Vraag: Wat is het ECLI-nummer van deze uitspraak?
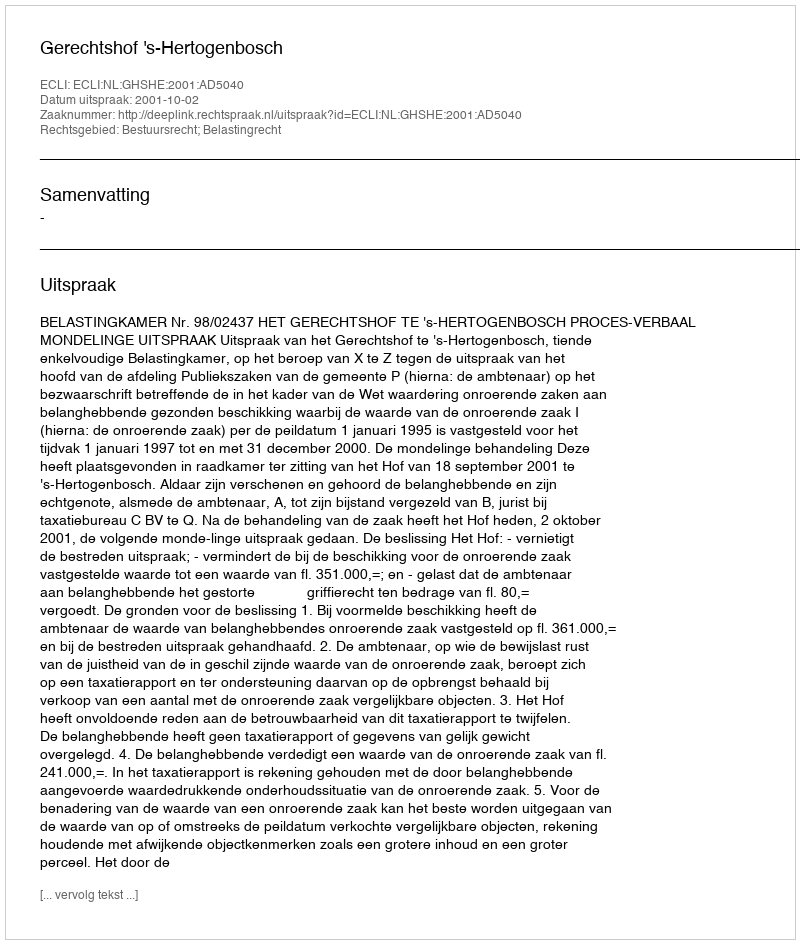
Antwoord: ECLI:NL:GHSHE:2001:AD5040